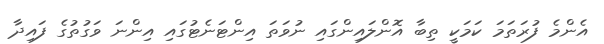
އެންމެ ފުރަތަމަ ކަމަކީ ތިބާ އޮންލައިންގައި ނުވަތަ އިންޓަނެޓުގައި އިންނަ ވަގުތުގެ ފައިދާ